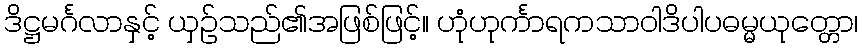
ဒိဋ္ဌမင်္ဂလာနှင့် ယှဉ်သည်၏အဖြစ်ဖြင့်။ ဟုံဟုင်္ကာရကသာဝါဒိပါပဓမ္မယုတ္တော၊